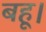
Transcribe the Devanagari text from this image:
बहू।